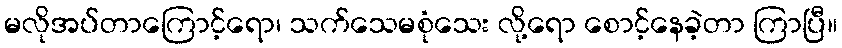
မလိုအပ်တာကြောင့်ရော၊ သက်သေမစုံသေး လို့ရော စောင့်နေခဲ့တာ ကြာပြီ။